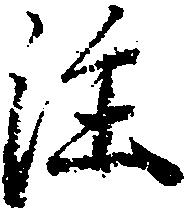
注